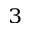
_ 3